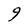
Character: 9